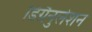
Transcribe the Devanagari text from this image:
डिग्रैनुलेशन